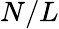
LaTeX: N/L